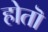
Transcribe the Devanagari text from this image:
होतॊ